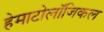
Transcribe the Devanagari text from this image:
हेमाटोलॉजिकल